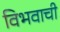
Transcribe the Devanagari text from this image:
विभवाची